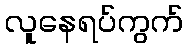
လူနေရပ်ကွက်